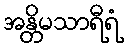
အန္တိမသာရီရံ